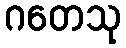
ဂတေသု